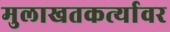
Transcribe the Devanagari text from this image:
मुलाखतकर्त्यावर